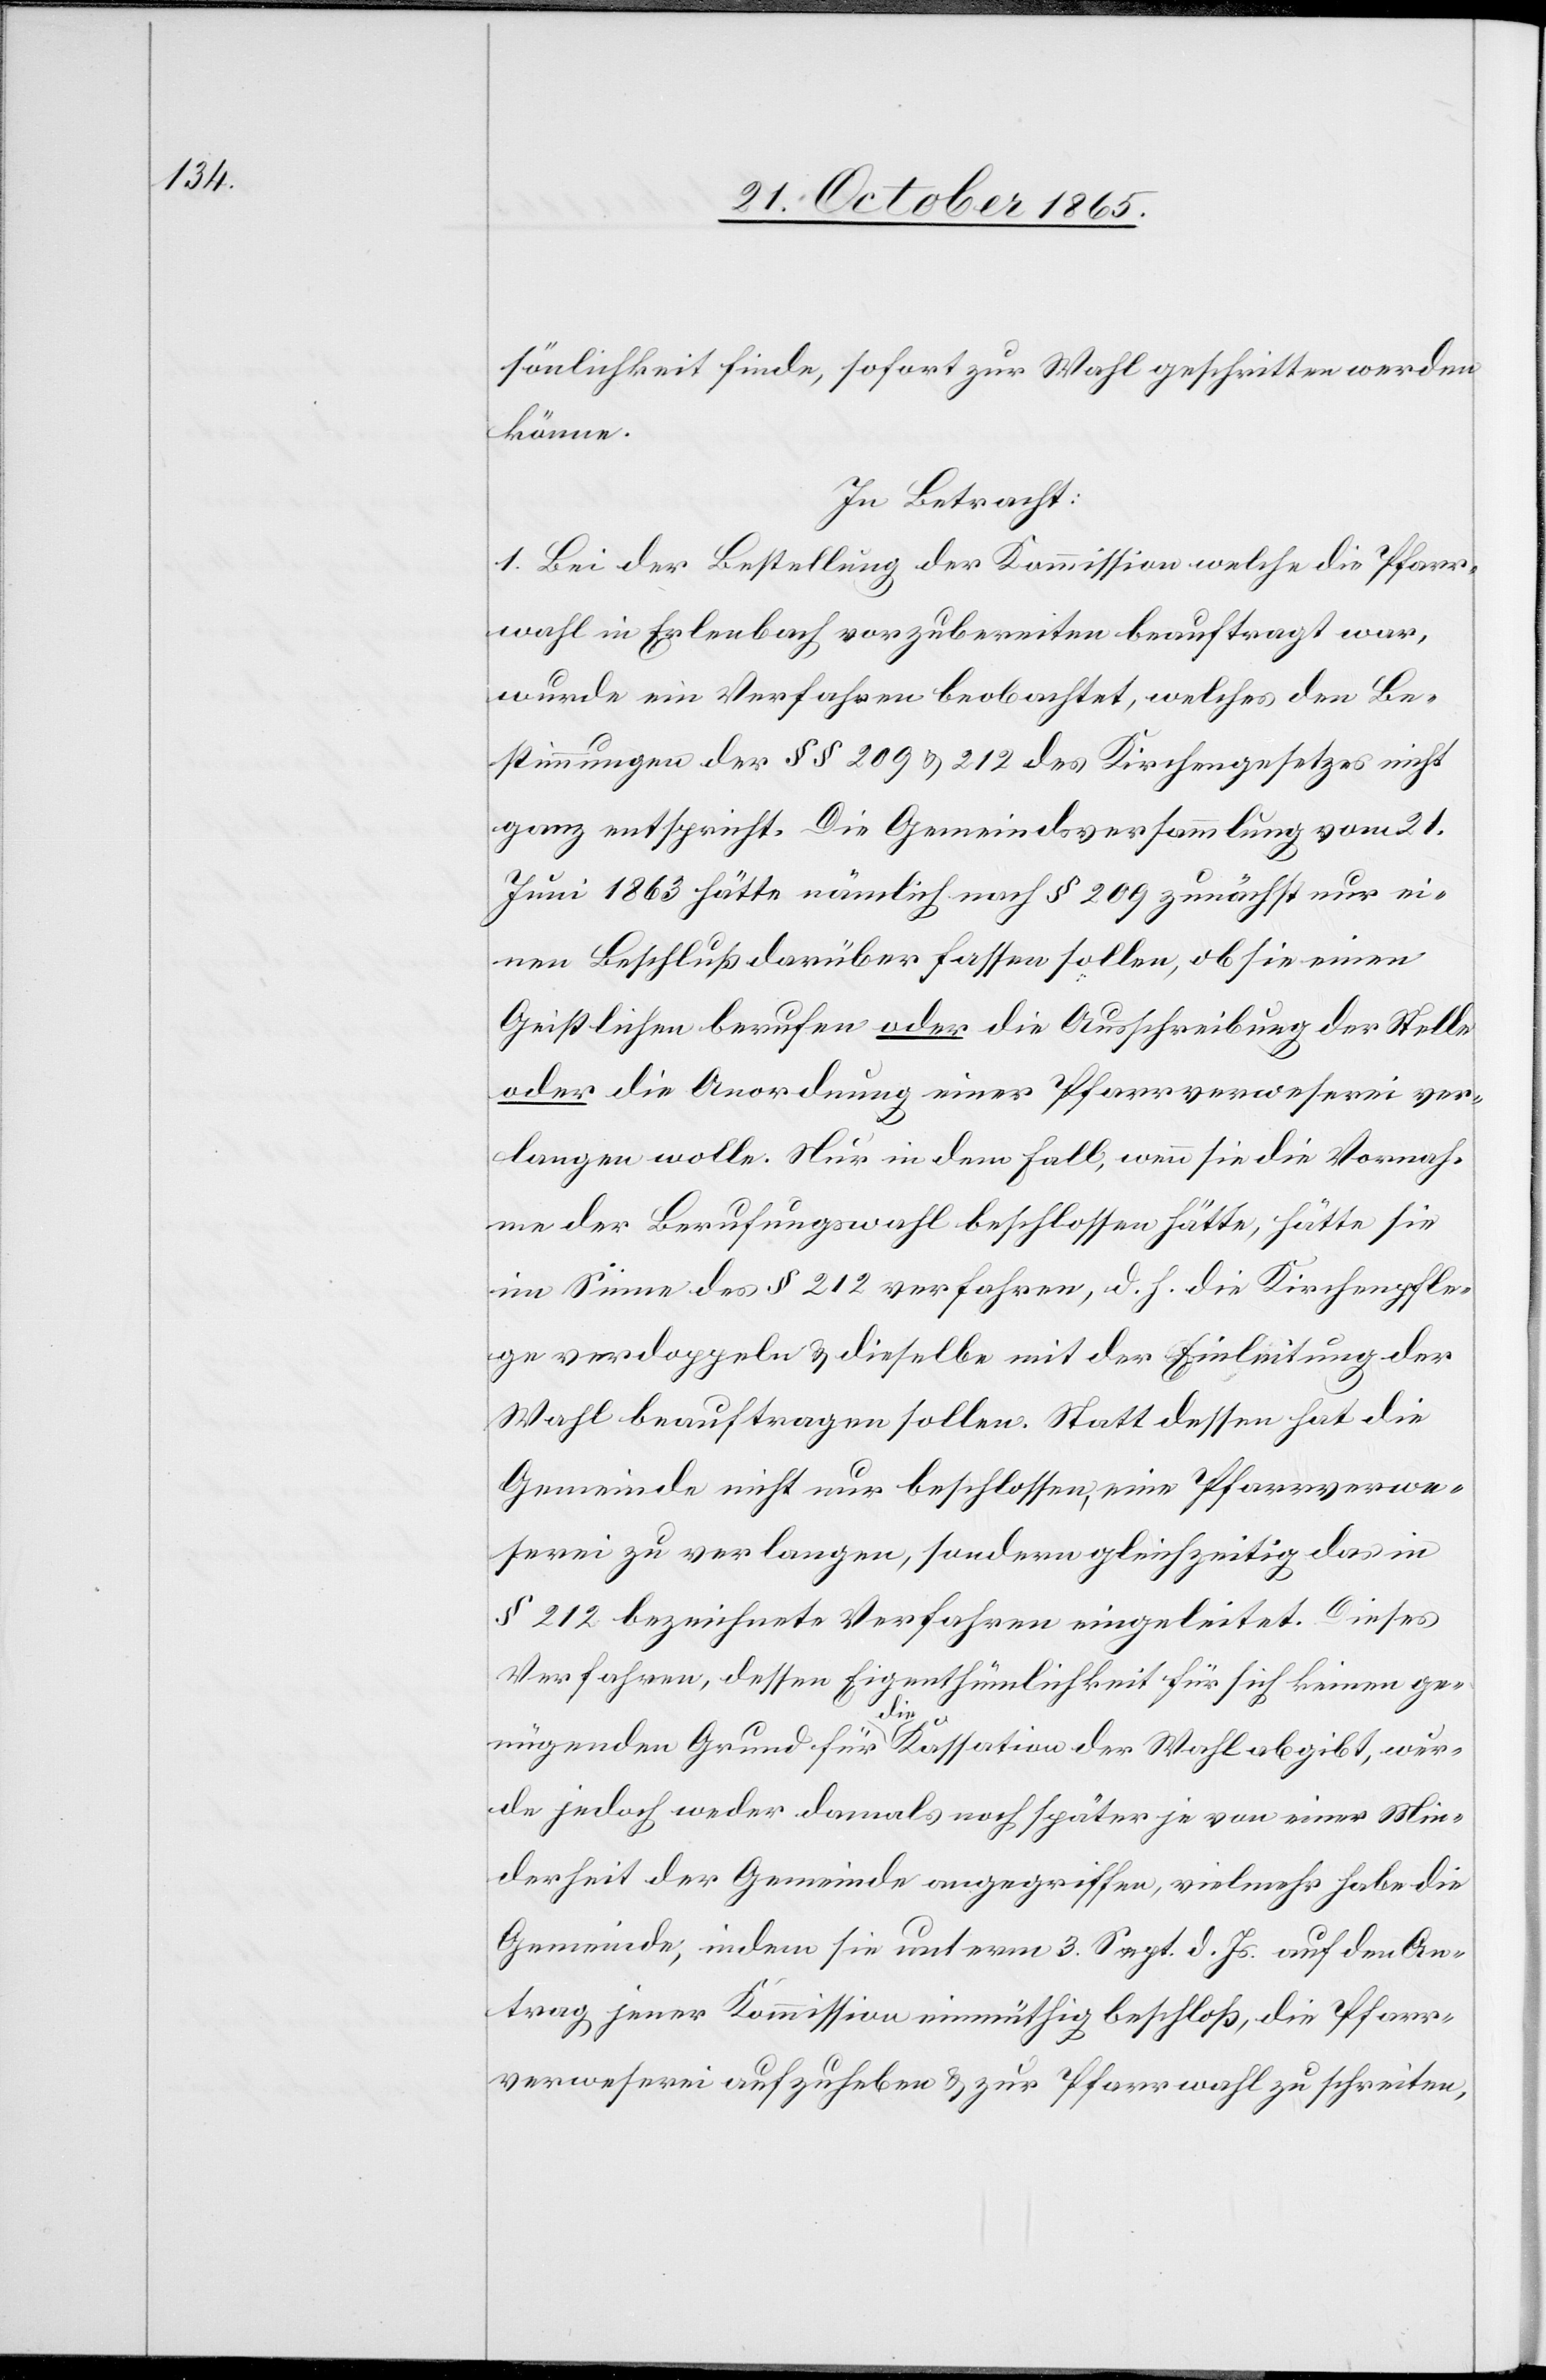
sönlichkeit finde, sofort zur Wahl geschritten werden
könne.
In Betracht:
1. Bei der Bestellung der Kommission welche die Pfarr¬
wahl in Erlenbach vorzubereiten beauftragt war,
wurde ein Verfahren beobachtet, welches den Be¬
stimmungen der §§ 209 & 212 des Kirchengesetzes nicht
ganz entspricht. Die Gemeindsversammlung vom 21.
Juni 1863 hätte nämlich nach § 209 zunächst nur ei¬
nen Beschluß darüber fassen sollen, ob sie einen
Geistlichen berufen oder die Ausschreibung der Stelle
oder die Anordnung einer Pfarrverweserei ver¬
langen wolle. Nur in dem Fall, wenn sie die Vornah¬
me der Berufungswahl beschlossen hätte, hätte sie
im Sinne des § 212 verfahren, d. h. die Kirchenpfle¬
ge verdoppeln & dieselbe mit der Einleitung der
Wahl beauftragen sollen. Statt dessen hat die
Gemeinde nicht nur beschlossen, eine Pfarrverwe¬
serei zu verlangen, sondern gleichzeitig das in
§ 212 bezeichnete Verfahren eingeleitet. Dieses
Verfahren, dessen Eigenthümlichkeit für sich keinen ge¬
nügenden Grund für die Kassation der Wahl abgibt, wur¬
de jedoch weder damals noch später je von einer Min¬
derheit der Gemeinde angegriffen, vielmehr habe die
Gemeinde, indem sie unterm 3. Sept. d. Js. auf den An¬
trag jener Kommission einmüthig beschloß, die Pfarr¬
verweserei aufzuheben & zur Pfarrwahl zu schreiten,